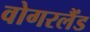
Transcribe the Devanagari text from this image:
वोगरलैंड